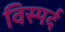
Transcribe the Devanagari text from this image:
विस्पर्द